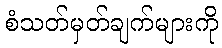
စံသတ်မှတ်ချက်များကို